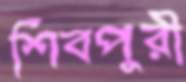
শিবপুরী